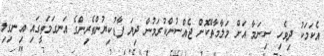
އެކަމަކު ދިވެހި ސިނަމާ އަށް މަލާމާތްކޮށް ޖެއްސުންކުރަމުން ދިޔަ ފާޑުކިޔުންތެރިންގެ އަނގަމަތީގައި އިނގިލި